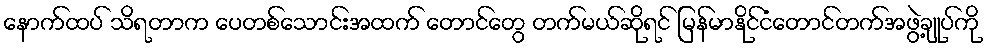
နောက်ထပ် သိရတာက ပေတစ်သောင်းအထက် တောင်တွေ တက်မယ်ဆိုရင် မြန်မာနိုင်ငံတောင်တက်အဖွဲ့ချုပ်ကို